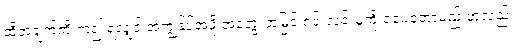
ထိုအချက်ကို ရှာ၍ ရလျှင် အကျွန်ုပ်အဖို့ အတွေးအမြင် ရှင်းလင်းမှုကို ရပေတော့မည် ဟုလည်း